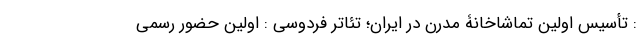
: تأسیس اولین تماشاخانۀ مدرن در ایران؛ تئاتر فردوسی : اولین حضور رسمی